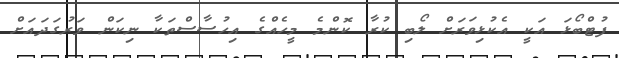
ފުޓްބޯޅަ އަކީ އެކުޅިވަރަށް ލޯބި ކުރާ ކޮންމެ މީހެއްގެ އިހުސާސްތަކާ ނިކަން ވަރުގަދައަށް